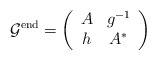
\begin{align*} \mathcal{G}^{\mathrm{end}} = \left( \begin{array}{cc}A&g^{-1}\\h& A^* \end{array}\right)\end{align*}